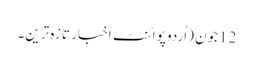
12جون (اُردو پوائنٹ اخبار تازہ ترین۔